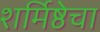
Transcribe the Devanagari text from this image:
शर्मिष्ठेचा